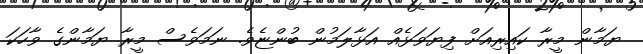
ޔަމާން މީރާ ކައިރިއަށް ފިޔަވަޅެއް އަޅާލަމުން ބުންޏެވެ. ނަމަވެސް މީރާ ޔަމާންގެ ވާހަކަ